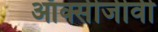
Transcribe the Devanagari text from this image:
ऑक्सीजीवी